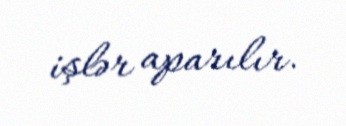
işlər aparılır.